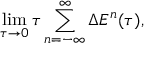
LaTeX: \operatorname * { l i m } _ { \tau \rightarrow 0 } \tau \sum _ { n = - \infty } ^ { \infty } \Delta E ^ { n } ( \tau ) ,